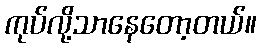
ကုပ်လို့သာနေတော့တယ်။